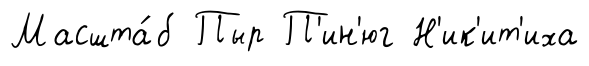
Масшта́б Пыр П'ин'юг Н'ик'ит'иха